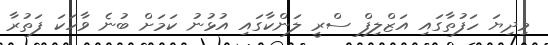
މިދިޔަ ހަފުތާގައި އަޒްލިފް ސްރީ ލަންކާގައި އުޅުނު ކަމަށް ބުނެ ވާހަކަ ފަތުރާ